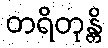
တရိတုန္တိ